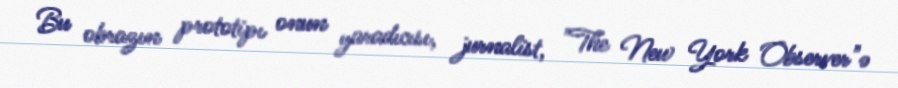
Bu obrazın prototipı onun yaradıcısı, jurnalist, "The New York Observer"ə